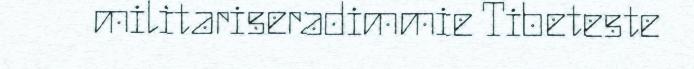
militariseradimmie Tibeteste